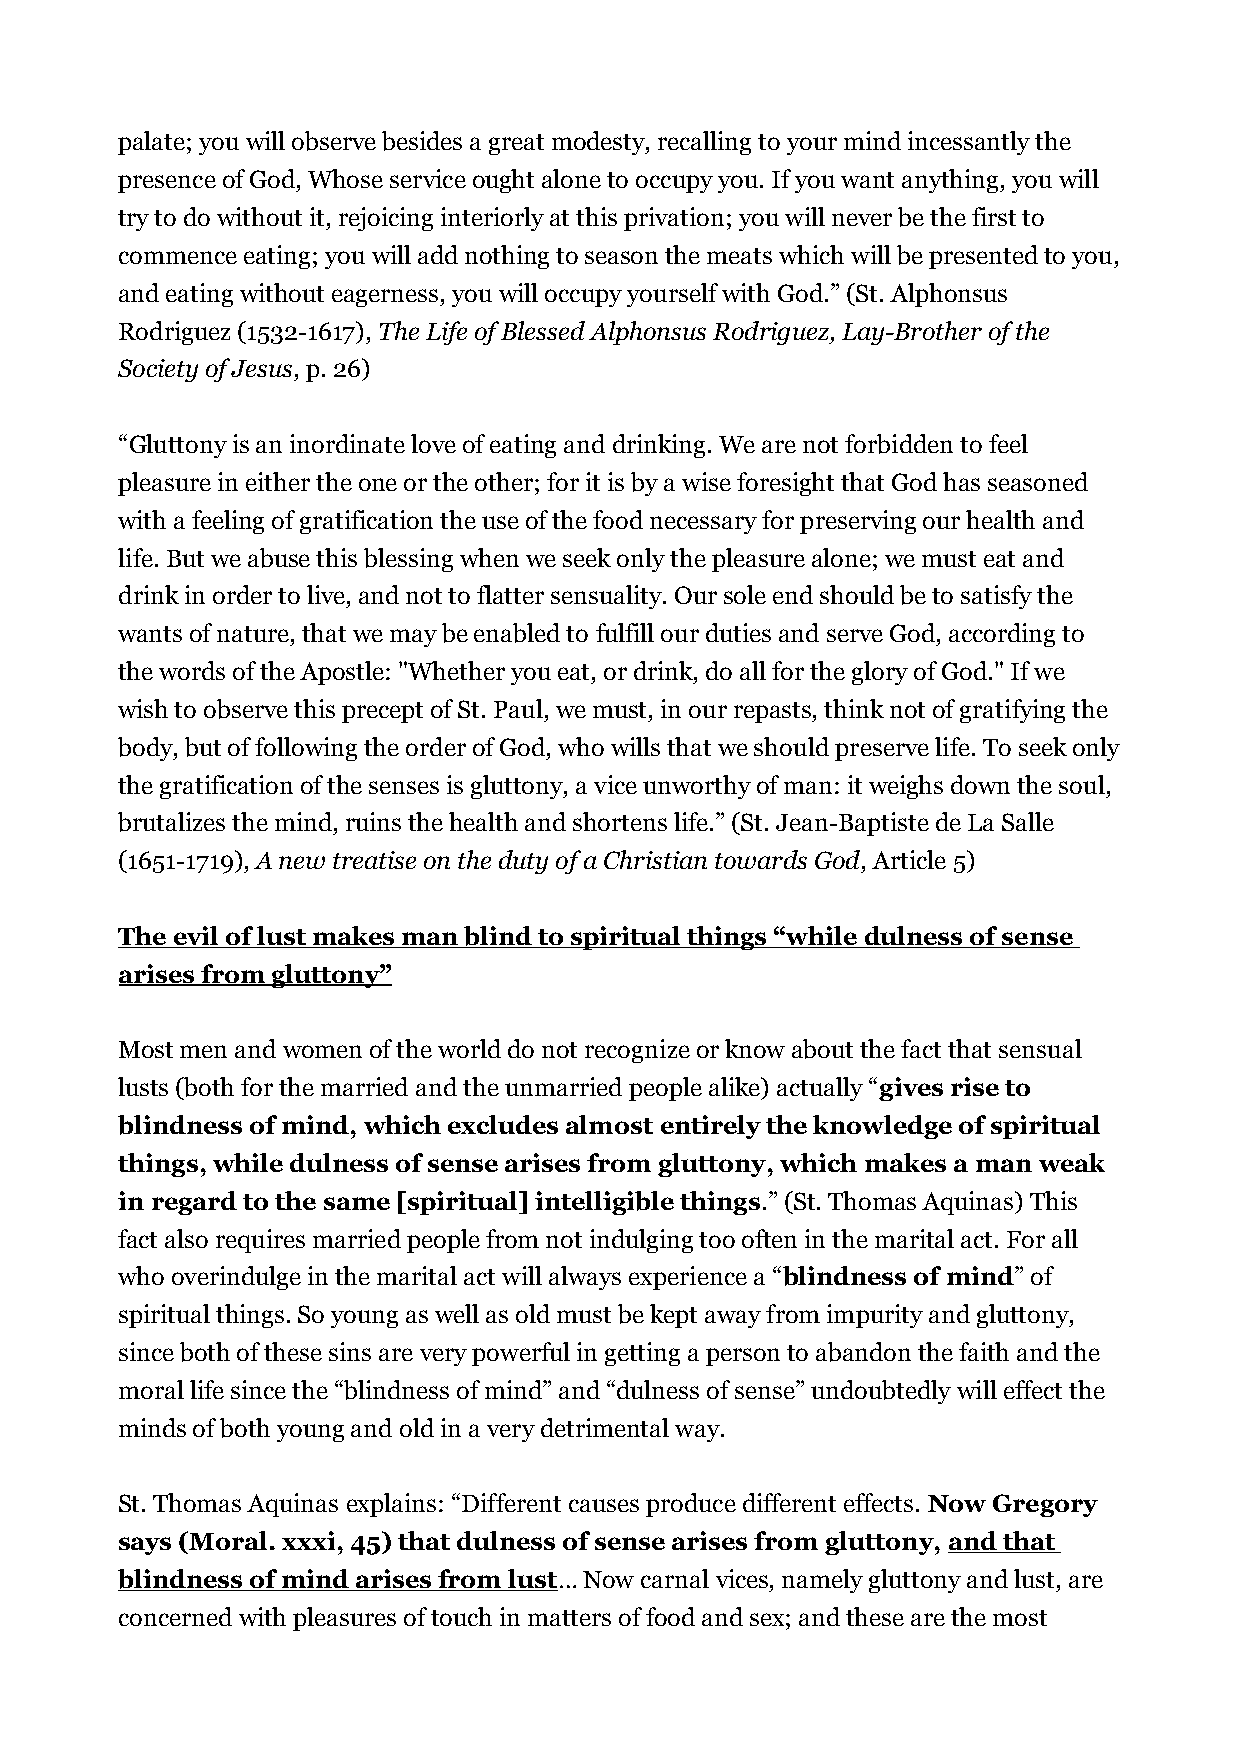
palate; you will observe besides a great modesty, recalling to your mind incessantly the
 presence of God, Whose service ought alone to occupy you. If you want anything, you will
 try to do without it, rejoicing interiorly at this privation; you will never be the first to
 commence eating; you will add nothing to season the meats which will be presented to you,
 and eating without eagerness, you will occupy yourself with God.” (St. Alphonsus
 Rodriguez (1532-1617), The Life of Blessed Alphonsus Rodriguez, Lay-Brother of the
 Society of Jesus, p. 26)
 “Gluttony is an inordinate love of eating and drinking. We are not forbidden to feel
 pleasure in either the one or the other; for it is by a wise foresight that God has seasoned
 with a feeling of gratification the use of the food necessary for preserving our health and
 life. But we abuse this blessing when we seek only the pleasure alone; we must eat and
 drink in order to live, and not to flatter sensuality. Our sole end should be to satisfy the
 wants of nature, that we may be enabled to fulfill our duties and serve God, according to
 the words of the Apostle: "Whether you eat, or drink, do all for the glory of God." If we
 wish to observe this precept of St. Paul, we must, in our repasts, think not of gratifying the
 body, but of following the order of God, who wills that we should preserve life. To seek only
 the gratification of the senses is gluttony, a vice unworthy of man: it weighs down the soul,
 brutalizes the mind, ruins the health and shortens life.” (St. Jean-Baptiste de La Salle
 (1651-1719), A new treatise on the duty of a Christian towards God, Article 5)
 The evil of lust makes man blind to spiritual things “while dulness of sense
 arises from gluttony”
 Most men and women of the world do not recognize or know about the fact that sensual
 lusts (both for the married and the unmarried people alike) actually “gives rise to
 blindness of mind, which excludes almost entirely the knowledge of spiritual
 things, while dulness of sense arises from gluttony, which makes a man weak
 in regard to the same [spiritual] intelligible things.” (St. Thomas Aquinas) This
 fact also requires married people from not indulging too often in the marital act. For all
 who overindulge in the marital act will always experience a “blindness of mind” of
 spiritual things. So young as well as old must be kept away from impurity and gluttony,
 since both of these sins are very powerful in getting a person to abandon the faith and the
 moral life since the “blindness of mind” and “dulness of sense” undoubtedly will effect the
 minds of both young and old in a very detrimental way.
 St. Thomas Aquinas explains: “Different causes produce different effects. Now Gregory
 says (Moral. xxxi, 45) that dulness of sense arises from gluttony, and that
 blindness of mind arises from lust… Now carnal vices, namely gluttony and lust, are
 concerned with pleasures of touch in matters of food and sex; and these are the most